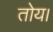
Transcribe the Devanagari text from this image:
तोय।